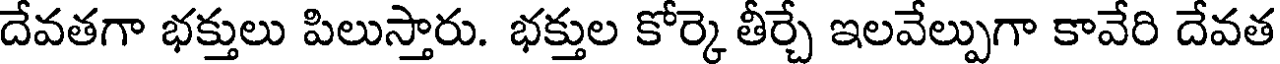
దేవతగా భక్తులు పిలుస్తారు. భక్తుల కోర్కె తీర్చే ఇలవేల్పుగా కావేరి దేవత